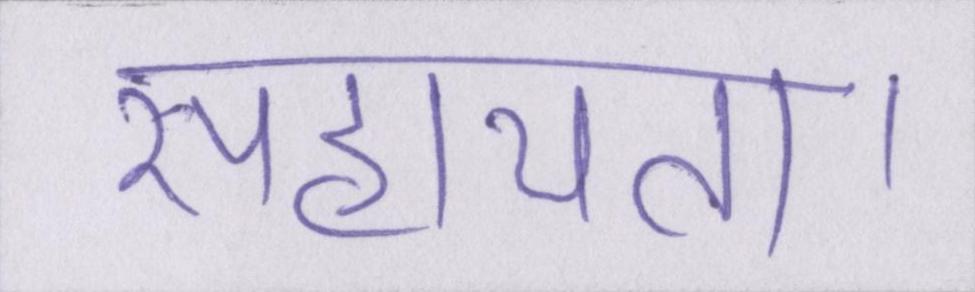
सहायता।